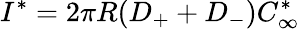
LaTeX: I^{*}=2\pi R(D_{+}+D_{-})C_{\infty}^{*}